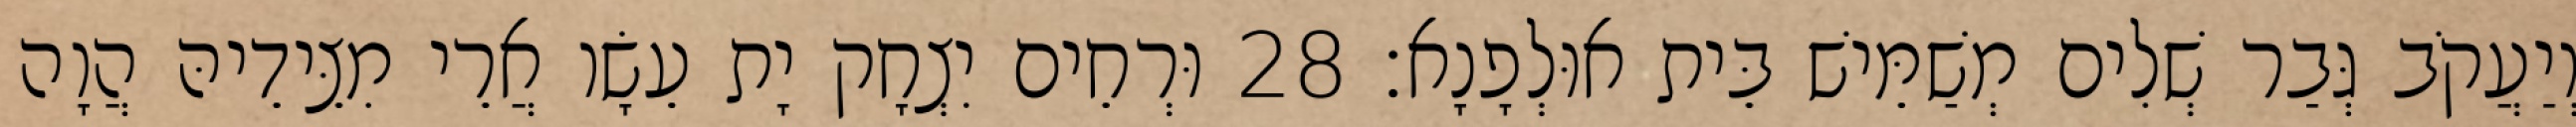
וְיַעֲקֹב גְּבַר שְׁלִים מְשַׁמֵּישׁ בֵּית אוּלְפָנָא׃ 28 וּרְחֵים יִצְחָק יָת עֵשָׂו אֲרֵי מִצֵּידֵיהּ הֲוָה